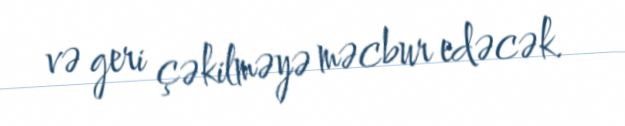
və geri çəkilməyə məcbur edəcək.